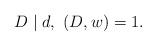
LaTeX: \begin{align*} D\mid d, \ (D,w)=1.\end{align*}